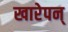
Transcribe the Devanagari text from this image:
खारेपन्